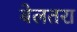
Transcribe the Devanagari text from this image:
बेलतरा